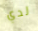
لدي